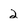
Character: 2